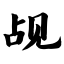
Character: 觇